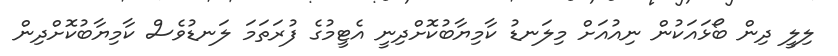
ލިލީ ދިން ބޯޅައަކުން ނިއުއަށް މިލަނޑު ކާމިޔާބުކޮށްދިނީ އެޓީމުގެ ފުރަތަމަ ލަނޑުވެސް ކާމިޔާބުކޮށްދިން